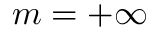
m = + \infty